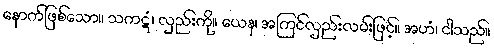
နောက်ဖြစ်သော။ သကဋံ၊ လှည်းကို။ ယေန၊ အကြင်လှည်းလမ်းဖြင့်။ အဟံ၊ ငါသည်။